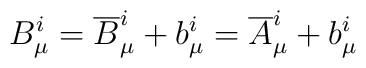
B_{\mu}^i = {\overline B}_{\mu}^i + b_{\mu}^i = {\overline A}_{\mu}^i+ b_{\mu}^i